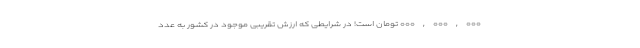
۰۰۰,۰۰۰,۰۰۰ تومان است! در شرایطی که ارزش تقریبی موجود در کشور به عدد